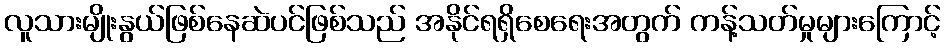
လူသားမျိုးနွယ်ဖြစ်နေဆဲပင်ဖြစ်သည် အနိုင်ရရှိစေရေးအတွက် ကန့်သတ်မှုများကြောင့်